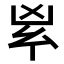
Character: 𠂳